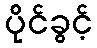
ပိုင်ခွင့်